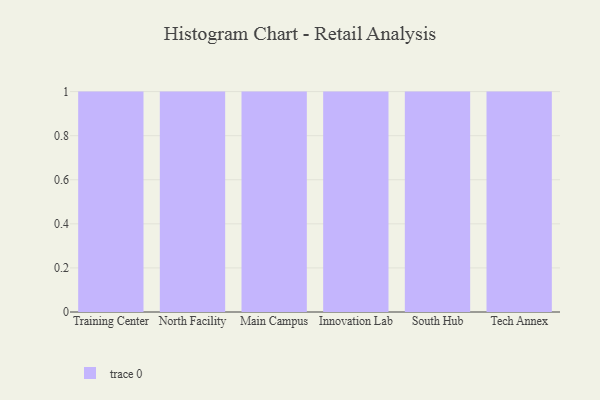
{"axis": {"x": "Campus", "y": "Demand Index"}, "legend": [""], "data": [{"x": "Training Center", "y": 49, "type": ""}, {"x": "North Facility", "y": 59, "type": ""}, {"x": "Main Campus", "y": 70, "type": ""}, {"x": "Innovation Lab", "y": 84, "type": ""}, {"x": "South Hub", "y": 5, "type": ""}, {"x": "Tech Annex", "y": 71, "type": ""}]}